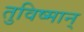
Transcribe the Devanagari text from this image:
तुविष्मान्